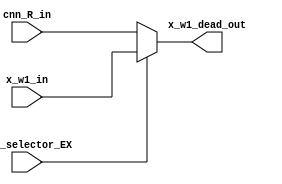

// File generated by Go version U-2022.12#33f3808fcb#221128, Thu Jan 25 16:08:15 2024
// Copyright 2014-2022 Synopsys, Inc. All rights reserved.
// go -I../lib -F -DSYNTHESIS_NO_UNGROUP -D__tct_patch__=0 -Verilog -otrv32p3_cnn_vlog -cgo_options.cfg -Itrv32p3_cnn_vlog/tmp_pdg -updg -updg_controller trv32p3_cnn



`timescale 1ns/1ps

// module mux_x_w1_dead : mux_x_w1_dead
module mux_x_w1_dead
  ( input                    ohe_selector_EX,
    input      signed [31:0] cnn_R_in, // w32
    input      signed [31:0] x_w1_in, // w32
    output reg signed [31:0] x_w1_dead_out // w32
  );


  always @ (*)

  begin : p_mux_x_w1_dead

    // x_w1_dead_out = 32'sh0;

    // (x_w1_dead_copy0_cnn_w1_EX)
    // [cnn.n:34]
    x_w1_dead_out = cnn_R_in;

    if (ohe_selector_EX) // (x_w1_dead_copy0_x_w1_EX)
    begin
      // [regX.n:98]
      x_w1_dead_out = x_w1_in;
    end

  end

endmodule